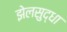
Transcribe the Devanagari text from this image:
झेलसुद्धा